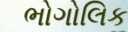
ભોગોલિક